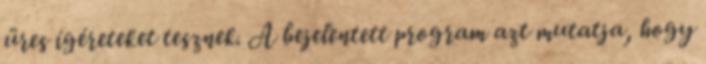
üres ígéreteket tesznek. A bejelentett program azt mutatja, hogy